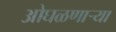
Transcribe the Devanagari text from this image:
ओघळणाऱ्या